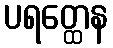
ပရတ္ထေန